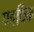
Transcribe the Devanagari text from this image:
प्रवर्धिक